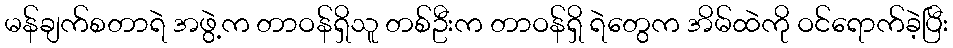
မန်ချက်စတာရဲ အဖွဲ့က တာဝန်ရှိသူ တစ်ဦးက တာဝန်ရှိ ရဲတွေက အိမ်ထဲကို ဝင်ရောက်ခဲ့ပြီး